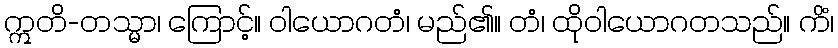
ဣတိ-တသ္မာ၊ ကြောင့်။ ဝါယောဂတံ၊ မည်၏။ တံ၊ ထိုဝါယောဂတသည်။ ကိံ၊